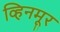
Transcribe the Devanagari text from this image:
व्हिनमूर